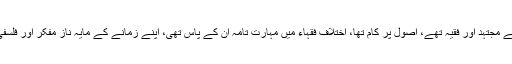
اپنے دور کے مجتہد اور فقیہ تھے، اُصول پر کام تھا، اختلاف فقہاء میں مہارت تامہ اُن کے پاس تھی، اپنے زمانے کے مایہ ناز مفکر اور فلسفی بھی تھے۔